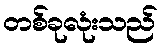
တစ်ခုလုံးသည်